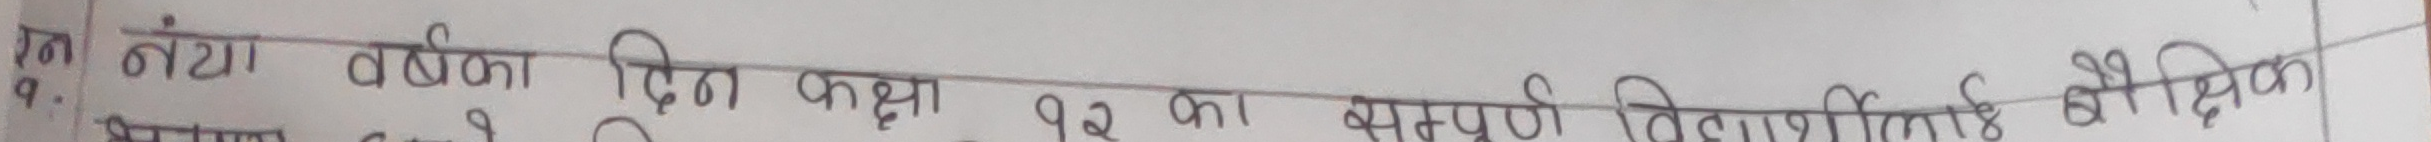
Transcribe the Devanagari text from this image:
ग्न १. नँया वषीका दिन कक्षा १२ का सम्पूर्ण विद्यार्थीलाई बौद्धिक क